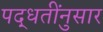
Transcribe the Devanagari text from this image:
पद्धतींनुसार